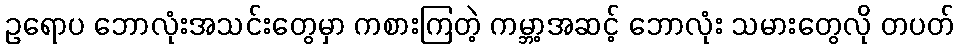
ဥရောပ ဘောလုံးအသင်းတွေမှာ ကစားကြတဲ့ ကမ္ဘာ့အဆင့် ဘောလုံး သမားတွေလို တပတ်